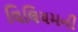
વિલિયમની